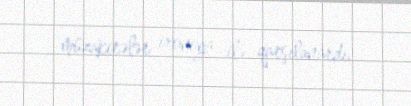
müzakirələr ironiya ilə qarşılanardı.